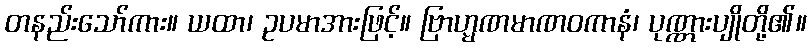
တနည်းသော်ကား။ ယထာ၊ ဥပမာအားဖြင့်။ ဗြာဟ္မဏမာဏဝကာနံ၊ ပုဏ္ဏားပျိုတို့၏။